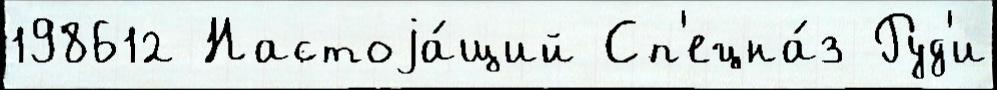
198612 Настоjа́щий Сп'ецна́з Руд'и